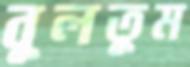
বুলতুম